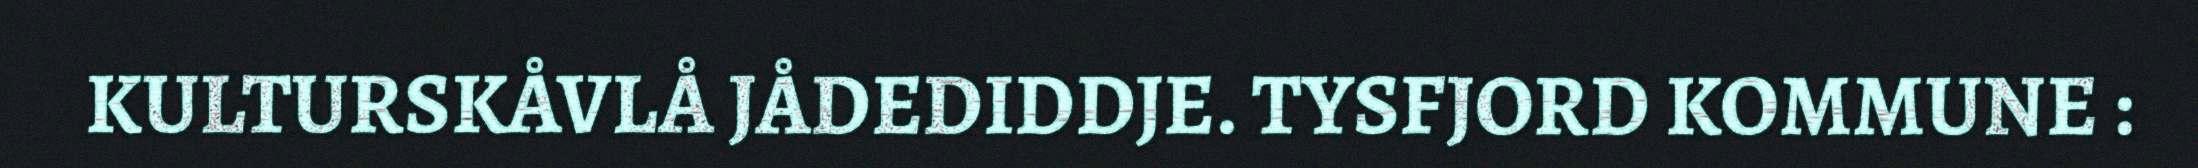
KULTURSKÅVLÅ JÅDEDIDDJE. TYSFJORD KOMMUNE :